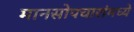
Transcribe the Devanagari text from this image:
मानसोपचारांमध्ये